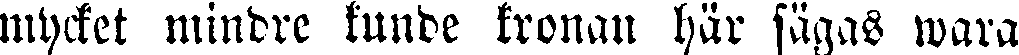
mycket mindre kunde kronan här sägas wara